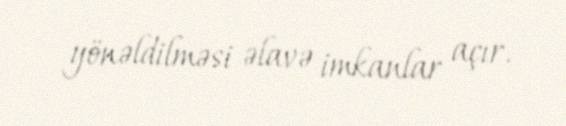
yönəldilməsi əlavə imkanlar açır.